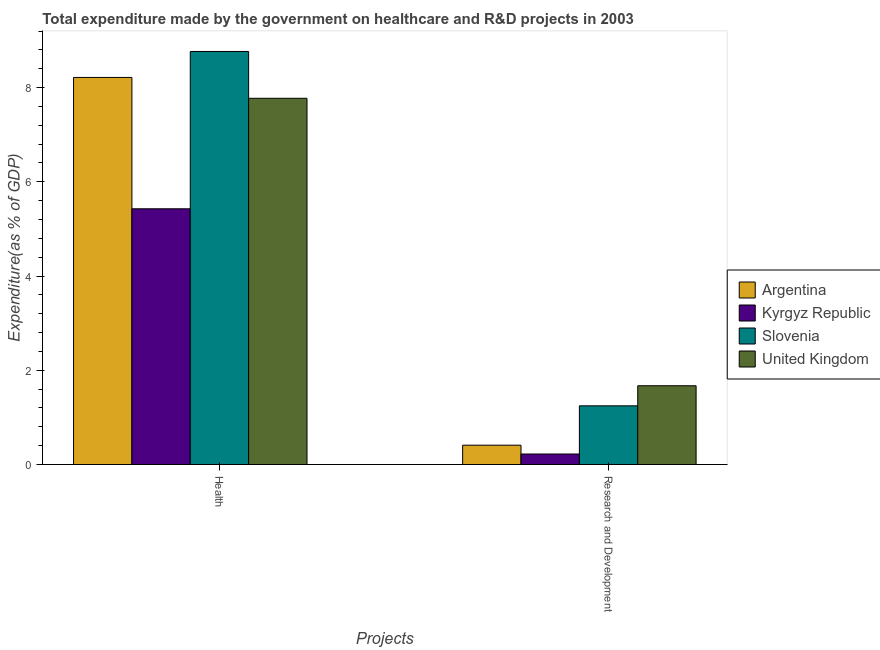
| Projects | Argentina | Kyrgyz Republic | Slovenia | United Kingdom |
 | --- | --- | --- | --- | --- |
 | Health | 8.22 | 5.43 | 8.77 | 7.77 |
 | Research and Development | 0.41 | 0.223 | 1.25 | 1.67 |